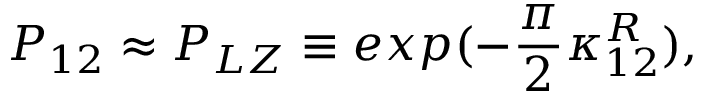
P _ { 1 2 } \approx P _ { L Z } \equiv e x p ( - \frac { \pi } { 2 } \kappa _ { 1 2 } ^ { R } ) ,